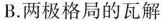
B.两极格局的瓦解